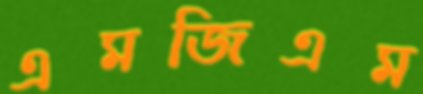
এমজিএম